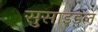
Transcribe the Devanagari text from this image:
सुसाइडल